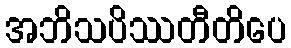
အဘိသပိဿတီတိပေ